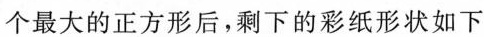
个最大的正方形后，剩下的彩纸形状如下